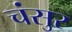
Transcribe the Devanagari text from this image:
चंसुर